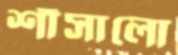
শাঁসালো